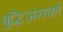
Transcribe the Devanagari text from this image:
बुद्धिजनको